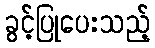
ခွင့်ပြုပေးသည့်